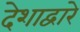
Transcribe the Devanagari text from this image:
देशाद्वारे